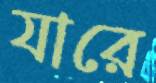
যারে